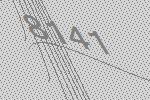
8141